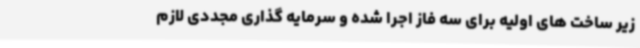
زیر ساخت های اولیه برای سه فاز اجرا شده و سرمایه گذاری مجددی لازم